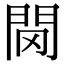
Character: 𨳠